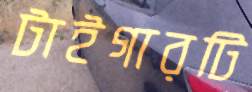
টাইগারটি